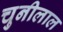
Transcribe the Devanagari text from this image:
चुनीलाल